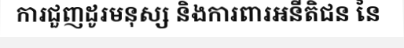
ការជួញដូរមនុស្ស និងការពារអនីតិជន នៃ